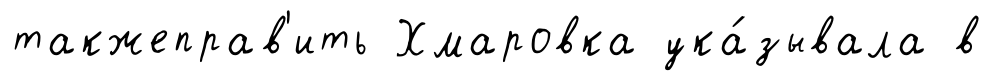
такжеправ'ить Хмаровка ука́зывала в